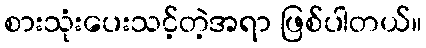
စားသုံးပေးသင့်တဲ့အရာ ဖြစ်ပါတယ်။